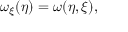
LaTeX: \omega _ { \xi } ( \eta ) = \omega ( \eta , \xi ) ,